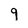
Character: 9